Vaccination in Burma 1912-1922 - 1912-1922
Year: 1912
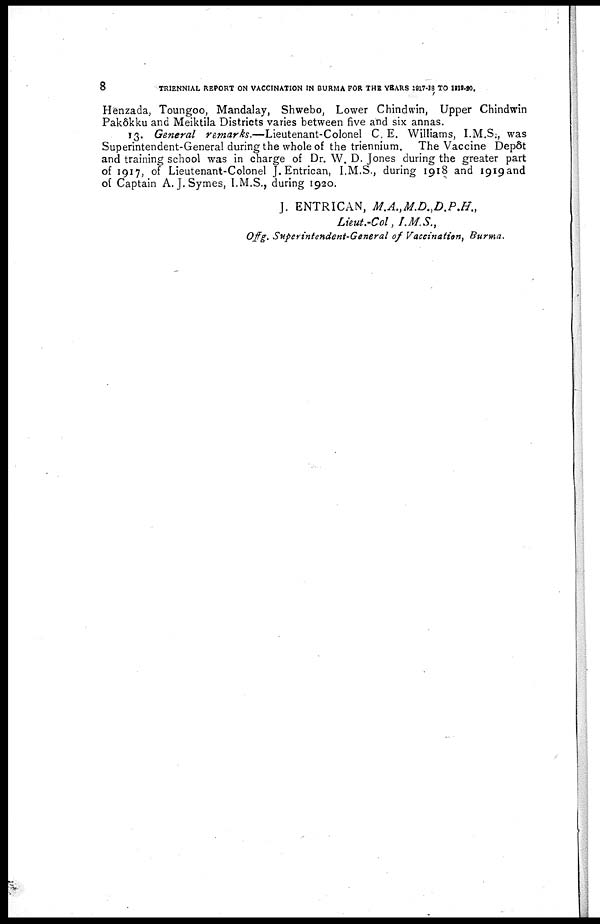
8
TRIENNIAL REPORT ON VACCINATION IN BURMA FOR THE YEARS 1917-18 TO 1919-20.
Henzada, Toungoo, Mandalay, Shwebo, Lower Chindwin, Upper Chindwin
Pakôkku and Meiktila Districts varies between five and six annas.
13. General remarks.—Lieutenant-Colonel C. E. Williams, I.M.S., was
Superintendent-General during the whole of the triennium. The Vaccine Depôt
and training school was in charge of Dr. W. D. Jones during the greater part
of 1917, of Lieutenant-Colonel J. Entrican, I.M.S., during 1918 and 1919 and
of Captain A. J.Symes, I.M.S., during 1920.
J. ENTRICAN,
M.A.,M.D.,D.P.H.,
Lieut.-Col, I.M.S.,
Offg. Superintendent-General of Vaccination, Burma.